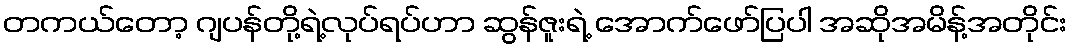
တကယ်တော့ ဂျပန်တို့ရဲ့လုပ်ရပ်ဟာ ဆွန်ဇူးရဲ့ အောက်ဖော်ပြပါ အဆိုအမိန့်အတိုင်း